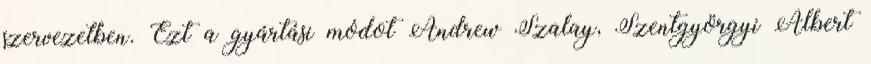
szervezetben. Ezt a gyártási módot Andrew Szalay, Szentgyörgyi Albert